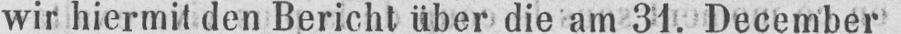
wir hiermit den Bericht über die am 31. December